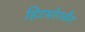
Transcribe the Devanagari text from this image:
हिटमोनचैन